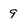
Character: 9